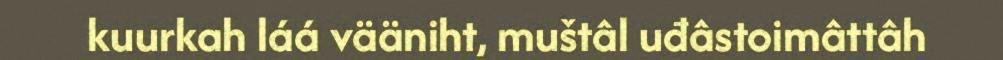
kuurkah láá vääniht, muštâl uđâstoimâttâh